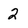
Character: 2